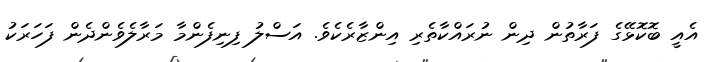
އެއީ ބޮކޮޅޭގެ ފަރާތުން ދިން ނުރައްކާތެރި އިންޒާރެކެވެ. އަސްލު ފިނިފެންމާ މަރާލެވެންދެން ފަހަރަކު